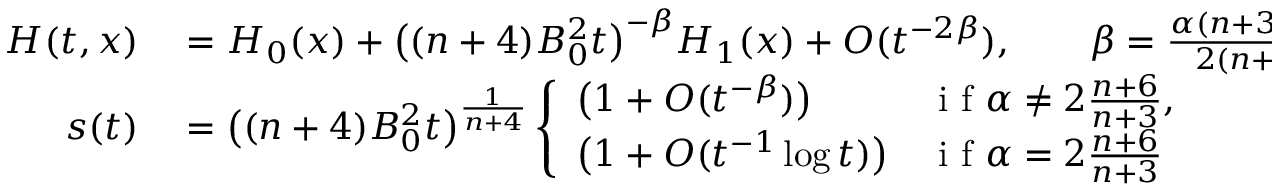
\begin{array} { r l } { H ( t , x ) } & { { } = H _ { 0 } ( x ) + \big ( ( n + 4 ) B _ { 0 } ^ { 2 } t \big ) ^ { - \beta } H _ { 1 } ( x ) + O ( t ^ { - 2 \beta } ) , \qquad \beta = \frac { \alpha ( n + 3 ) - 4 } { 2 ( n + 4 ) } , } \\ { s ( t ) } & { { } = \big ( ( n + 4 ) B _ { 0 } ^ { 2 } t \big ) ^ { \frac { 1 } { n + 4 } } \left\{ \begin{array} { l l } { \big ( 1 + O ( t ^ { - \beta } ) \big ) } & { \mathrm { ~ i ~ f ~ } \alpha \ne 2 \frac { n + 6 } { n + 3 } , } \\ { \big ( 1 + O ( t ^ { - 1 } \log t ) \big ) } & { \mathrm { ~ i ~ f ~ } \alpha = 2 \frac { n + 6 } { n + 3 } } \end{array} \right. } \end{array}